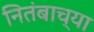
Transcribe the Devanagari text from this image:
नितंबाच्या